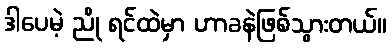
ဒါပေမဲ့ ညို ရင်ထဲမှာ ဟာခနဲဖြစ်သွားတယ်။